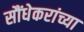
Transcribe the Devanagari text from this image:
सौंधेकरांच्या